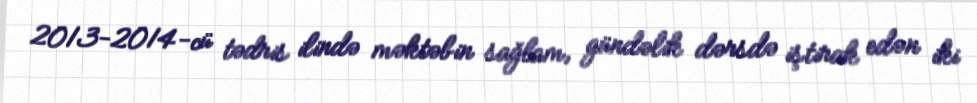
2013-2014-cü tədris ilində məktəbin sağlam, gündəlik dərsdə iştirak edən iki